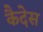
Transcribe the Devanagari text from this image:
कैदेस